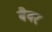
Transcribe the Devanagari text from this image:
बैबर